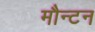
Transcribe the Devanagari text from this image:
मौन्टन